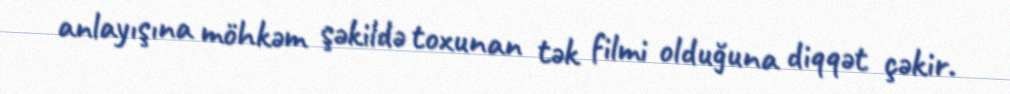
anlayışına möhkəm şəkildə toxunan tək filmi olduğuna diqqət çəkir.